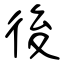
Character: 後